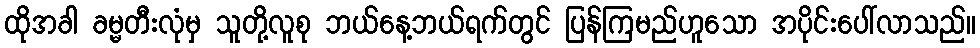
ထိုအခါ ခမ္မတီးလုံမှ သူတို့လူစု ဘယ်နေ့ဘယ်ရက်တွင် ပြန်ကြမည်ဟူသော အပိုင်းပေါ်လာသည်။